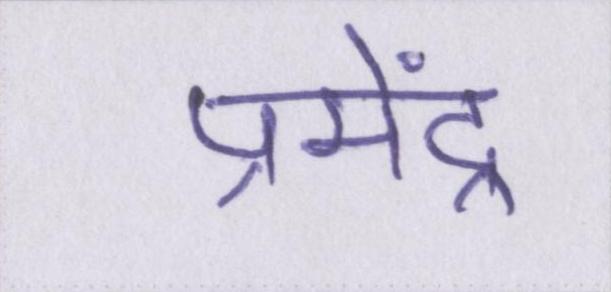
प्रमेंद्र